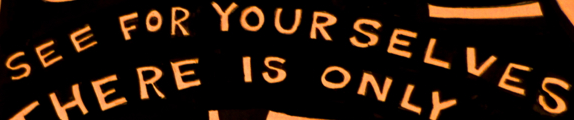
SEE FOR YOURSELVES